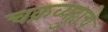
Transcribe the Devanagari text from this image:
चक्रव्युहाचे